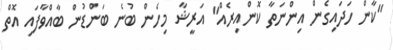
"ކާން ހަދައިގެން އިންނަތާ ކޮންއިރެއް" އަރީޝާ މިހެން ބުނެ ބަންޑުން ބާއްވާފައި އޮތް